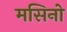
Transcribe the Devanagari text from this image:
मसिनो